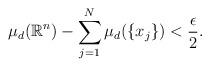
LaTeX: \begin{align*} \mu_d(\mathbb{R}^n)-\sum_{j=1}^N \mu_d(\{x_j\})<\frac{\epsilon}{2}.\end{align*}